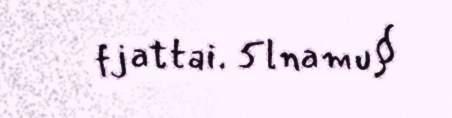
fjattai. 5lnamu§